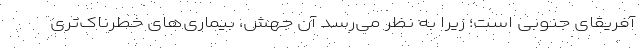
آفریقای جنوبی است؛ زیرا به نظر می‌رسد آن جهش، بیماری‌های خطرناک‌تری